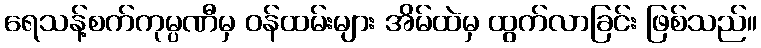
ရေသန့်စက်ကုမ္ပဏီမှ ဝန်ထမ်းများ အိမ်ထဲမှ ထွက်လာခြင်း ဖြစ်သည်။